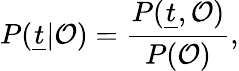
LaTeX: P(\underline{{t}}|\mathcal{O})=\frac{P(\underline{{t}},\mathcal{O})}{P(\mathcal{O})},